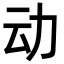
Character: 动